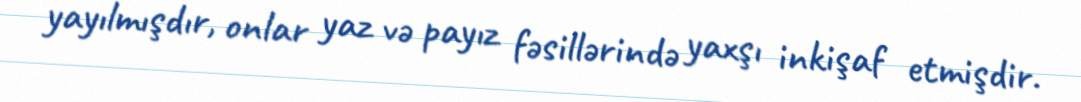
yayılmışdır, onlar yaz və payız fəsillərində yaxşı inkişaf etmişdir.